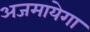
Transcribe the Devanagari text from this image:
अजमायेगा